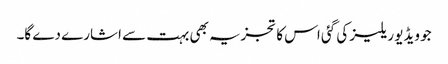
جو ویڈیو ریلیز کی گئی اس کا تجزیہ بھی بہت سے اشارے دے گا۔